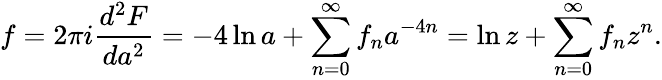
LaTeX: f=2\pi i\frac{d^{2}F}{da^{2}}=-4\ln a+\sum_{n=0}^{\infty}f_{n}a^{-4n}=\ln z+\sum_{n=0}^{\infty}f_{n}z^{n}.